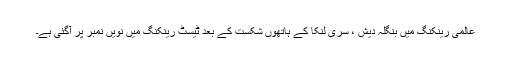
عالمی رینکنگ میں بنگلہ دیش ، سری لنکا کے ہاتھوں شکست کے بعد ٹیسٹ رینکنگ میں نویں نمبر پر آگئی ہے۔